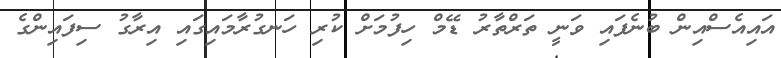
އައިއެސްއިން ބުނެފައި ވަނީ ތަރްތާރު ޑޭމް ހިފުމަށް ކުރި ހަނގުރާމައިގައި އިރާގު ސިފައިންގެ